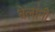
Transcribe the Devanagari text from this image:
बेलांनी